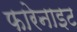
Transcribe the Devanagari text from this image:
फारेनाइट